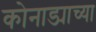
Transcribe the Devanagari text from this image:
कोनाड्याच्या